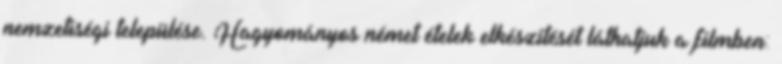
nemzetiségi települése. Hagyományos német ételek elkészítését láthatjuk a filmben: